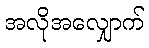
အလိုအလျှောက်